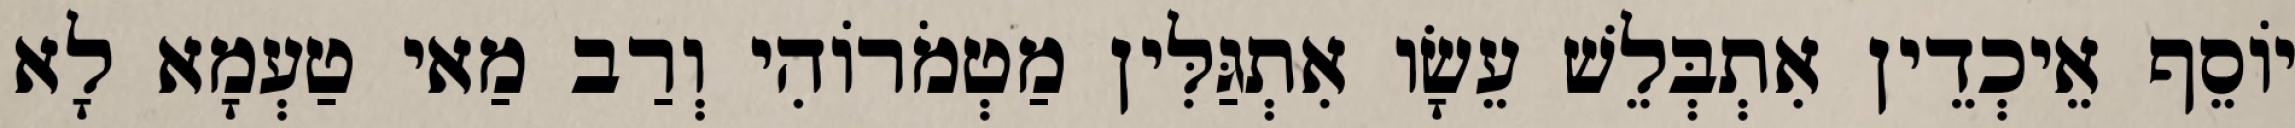
יוֹסֵף אֵיכְדֵין אִתְבְּלֵשׁ עֵשָׂו אִתְגַּלִּין מַטְמֹרוֹהִי וְרַב מַאי טַעְמָא לָא